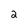
Character: 2